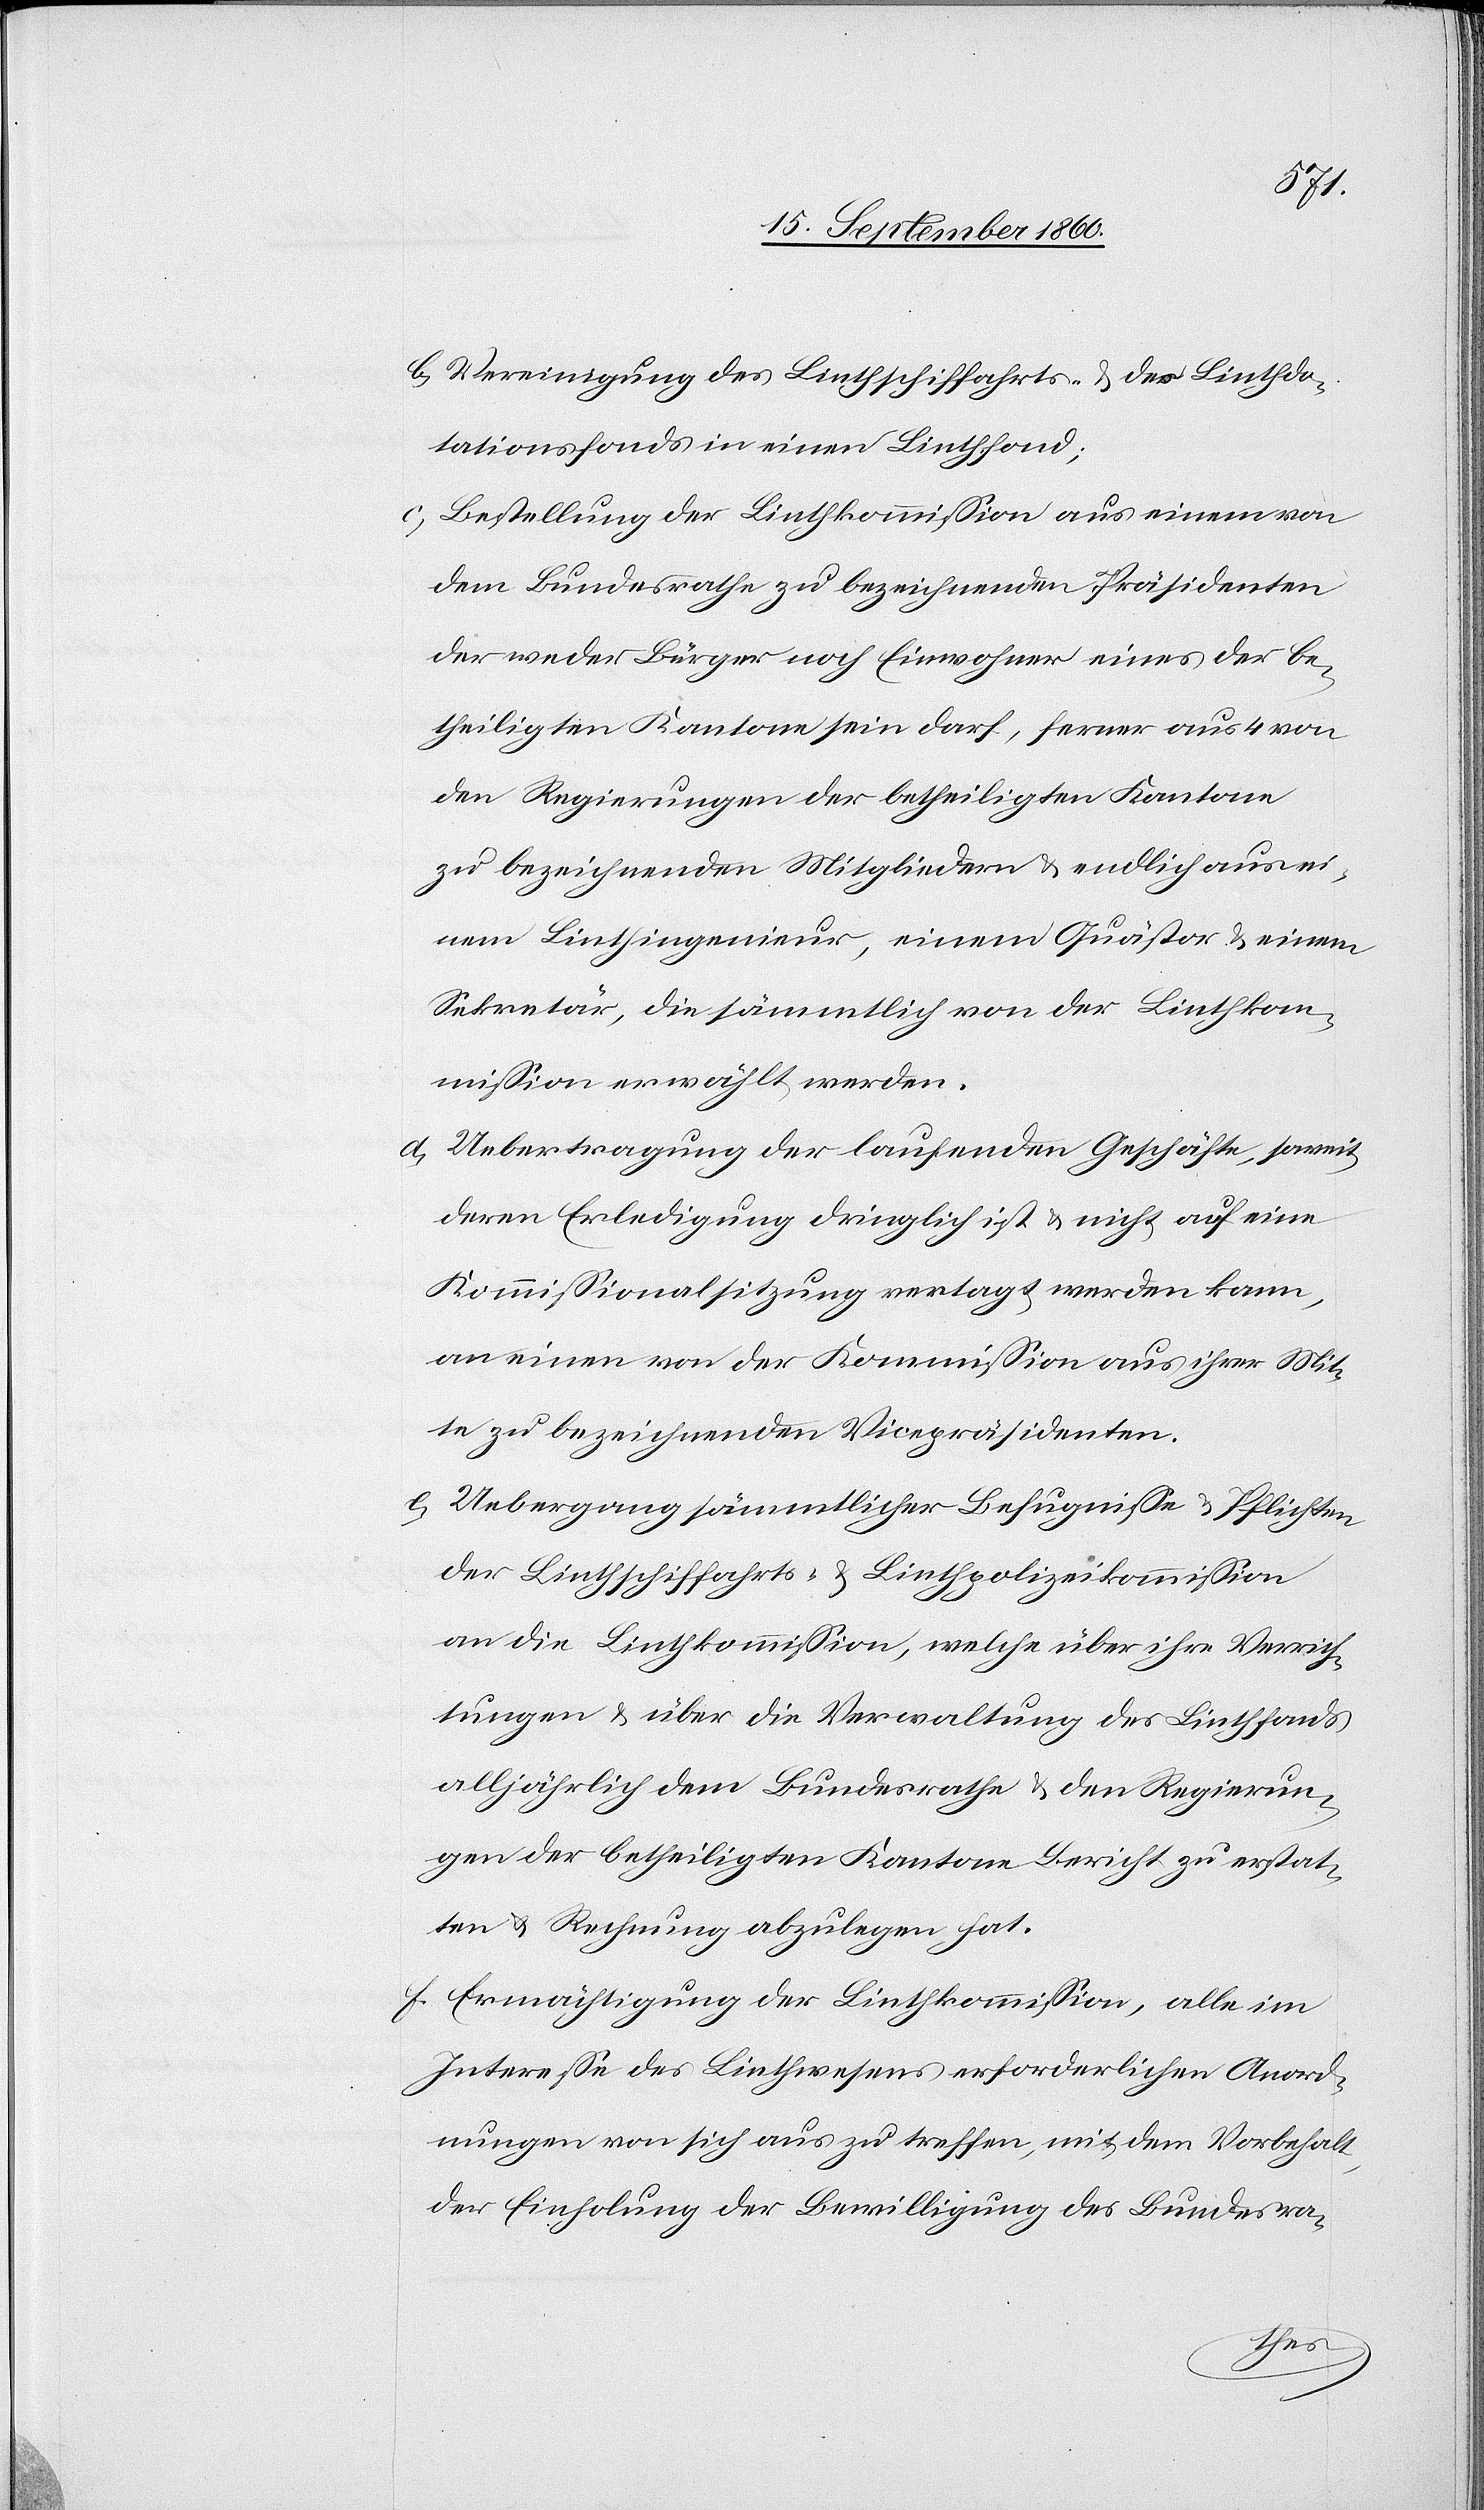
b) Vereinigung des Linthschiffahrts- & der Linthdo¬
tationsfonds in einen Linthfond;
c) Bestellung der Linthkommission aus einem von
dem Bundesrathe zu bezeichnenden Präsidenten
der weder Bürger noch Einwohner eines der be¬
theiligten Kantone sein darf, ferner aus 4 von
den Regierungen der betheiligten Kantone
zu bezeichnenden Mitglieder & endlich aus ei¬
nem Linthingenieur, einem Quästor & einem
Sekretär, die sämmtlich von der Linthkom¬
mission erwählt werden.
d) Uebertragung der laufenden Geschäfte, soweit
deren Erledigung dringlich ist & nicht auf eine
Kommissionalsitzung vertagt werden kann,
an einen von der Kommission aus ihrer Mit¬
te zu bezeichnenden Vicepräsidenten.
e) Uebergang sämmtlicher Befugnisse u. Pflichten
der Linthschiffahrts- u. Linthpolizeikommission
an die Linthkommission, welch über ihre Verrich¬
tungen & über die Verwaltung des Linthfonds
alljährlich dem Bundesrathe & den Regierun¬
gen der betheiligten Kantone Bericht zu erstat¬
ten u. Rechnung abzulegen hat.
f) Ermächtigung der Linthkommission, alle im
Interesse des Linthwesens erforderlichen Anord¬
nungen von sich aus zu treffen, mit dem Vorbehalt,
der Einholung der Bewilligung des Bundesra-